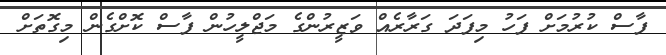
ފާސް ކުރުމަށް ފަހު މިފަދަ ގަރާރެއް ވަޒީރުންގެ މަޖްލީހުން ފާސް ކޮށްގެން މިގޮތަށް